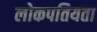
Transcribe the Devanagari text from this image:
लोकपतियता